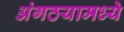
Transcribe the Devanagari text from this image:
अंगठयामध्ये